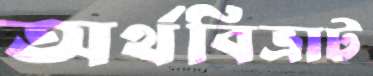
অর্থবিভ্রাট